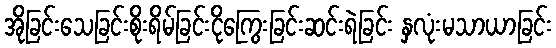
အိုခြင်းသေခြင်းစိုးရိမ်ခြင်းငိုကြွေးခြင်းဆင်းရဲခြင်း နှလုံးမသာယာခြင်း